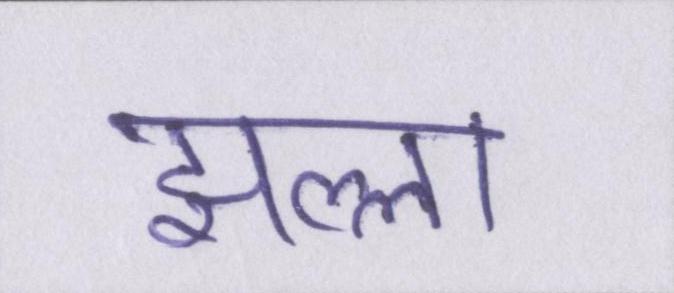
झल्ला